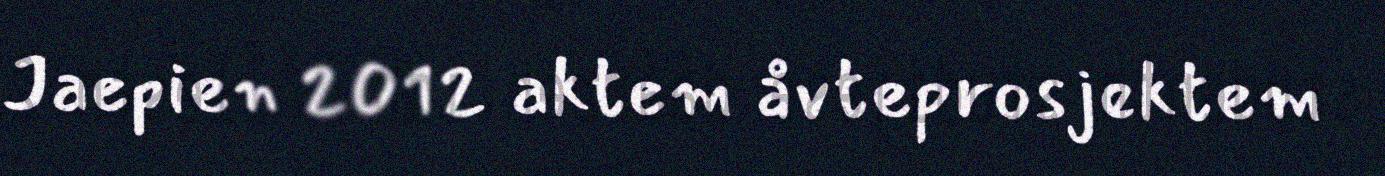
Jaepien 2012 aktem åvteprosjektem